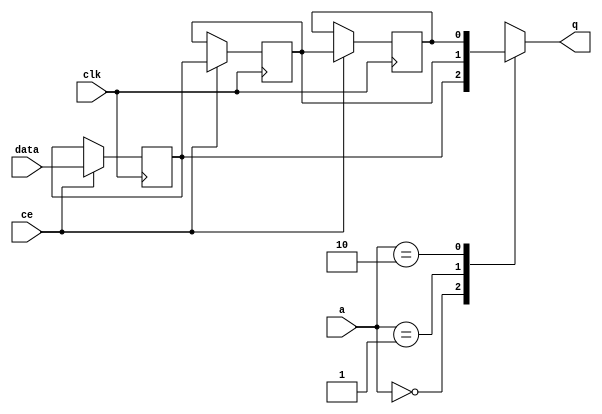
// ==============================================================
// File generated by Vivado(TM) HLS - High-Level Synthesis from C, C++ and SystemC
// Version: 2017.4.op
// Copyright (C) 1986-2018 Xilinx, Inc. All Rights Reserved.
// 
// ==============================================================


`timescale 1 ns / 1 ps

module start_for_pipe0_dram_dispatcher_U0_shiftReg (
    clk,
    data,
    ce,
    a,
    q);

parameter DATA_WIDTH = 32'd1;
parameter ADDR_WIDTH = 32'd2;
parameter DEPTH = 32'd3;

input clk;
input [DATA_WIDTH-1:0] data;
input ce;
input [ADDR_WIDTH-1:0] a;
output [DATA_WIDTH-1:0] q;

reg[DATA_WIDTH-1:0] SRL_SIG [0:DEPTH-1];
integer i;

always @ (posedge clk)
    begin
        if (ce)
        begin
            for (i=0;i<DEPTH-1;i=i+1)
                SRL_SIG[i+1] <= SRL_SIG[i];
            SRL_SIG[0] <= data;
        end
    end

assign q = SRL_SIG[a];

endmodule

module start_for_pipe0_dram_dispatcher_U0 (
    clk,
    reset,
    if_empty_n,
    if_read_ce,
    if_read,
    if_dout,
    if_full_n,
    if_write_ce,
    if_write,
    if_din);

parameter MEM_STYLE   = "shiftreg";
parameter DATA_WIDTH  = 32'd1;
parameter ADDR_WIDTH  = 32'd2;
parameter DEPTH       = 32'd3;

input clk;
input reset;
output if_empty_n;
input if_read_ce;
input if_read;
output[DATA_WIDTH - 1:0] if_dout;
output if_full_n;
input if_write_ce;
input if_write;
input[DATA_WIDTH - 1:0] if_din;

wire[ADDR_WIDTH - 1:0] shiftReg_addr ;
wire[DATA_WIDTH - 1:0] shiftReg_data, shiftReg_q;
wire                     shiftReg_ce;
reg[ADDR_WIDTH:0] mOutPtr = {(ADDR_WIDTH+1){1'b1}};
reg internal_empty_n = 0, internal_full_n = 1;

assign if_empty_n = internal_empty_n;
assign if_full_n = internal_full_n;
assign shiftReg_data = if_din;
assign if_dout = shiftReg_q;

always @ (posedge clk) begin
    if (reset == 1'b1)
    begin
        mOutPtr <= ~{ADDR_WIDTH+1{1'b0}};
        internal_empty_n <= 1'b0;
        internal_full_n <= 1'b1;
    end
    else begin
        if (((if_read & if_read_ce) == 1 & internal_empty_n == 1) && 
            ((if_write & if_write_ce) == 0 | internal_full_n == 0))
        begin
            mOutPtr <= mOutPtr - 1;
            if (mOutPtr == 0)
                internal_empty_n <= 1'b0;
            internal_full_n <= 1'b1;
        end 
        else if (((if_read & if_read_ce) == 0 | internal_empty_n == 0) && 
            ((if_write & if_write_ce) == 1 & internal_full_n == 1))
        begin
            mOutPtr <= mOutPtr + 1;
            internal_empty_n <= 1'b1;
            if (mOutPtr == DEPTH - 2)
                internal_full_n <= 1'b0;
        end 
    end
end

assign shiftReg_addr = mOutPtr[ADDR_WIDTH] == 1'b0 ? mOutPtr[ADDR_WIDTH-1:0]:{ADDR_WIDTH{1'b0}};
assign shiftReg_ce = (if_write & if_write_ce) & internal_full_n;

start_for_pipe0_dram_dispatcher_U0_shiftReg 
#(
    .DATA_WIDTH(DATA_WIDTH),
    .ADDR_WIDTH(ADDR_WIDTH),
    .DEPTH(DEPTH))
U_start_for_pipe0_dram_dispatcher_U0_ram (
    .clk(clk),
    .data(shiftReg_data),
    .ce(shiftReg_ce),
    .a(shiftReg_addr),
    .q(shiftReg_q));

endmodule